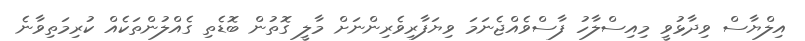
އިލްޔާސް ވިދާޅުވީ މިއިސްލާހު ފާސްވެއްޖެނަމަ ވިޔަފާރިވެރިންނަށް މާލީ ގޮތުން ބޮޑެތި ގެއްލުންތަކެއް ކުރިމަތިވާނެ